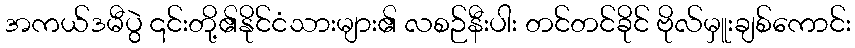
အကယ်ဒမီပွဲ ၎င်းတို့၏နိုင်ငံသားများ၏ လစဉ်နီးပါး တင်တင်ခိုင် ဗိုလ်မှူးချစ်ကောင်း